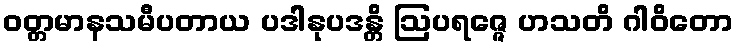
ဝတ္တမာနသမီပတာယ ပဒါနုပဒန္တိ ဩပရဇ္ဇေ ဟသတိ ဂါဝိတော